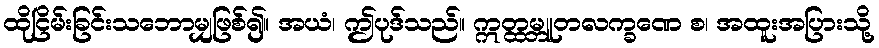
ထိုငြိမ်းခြင်းသဘောမျှဖြစ်၍။ အယံ၊ ဤပုဒ်သည်။ ဣတ္ထမ္ဘူတလက္ခဏေ စ၊ အထူးအပြားသို့